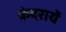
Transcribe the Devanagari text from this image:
कंदरायें